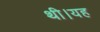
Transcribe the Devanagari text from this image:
थी।यह